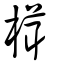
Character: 榵